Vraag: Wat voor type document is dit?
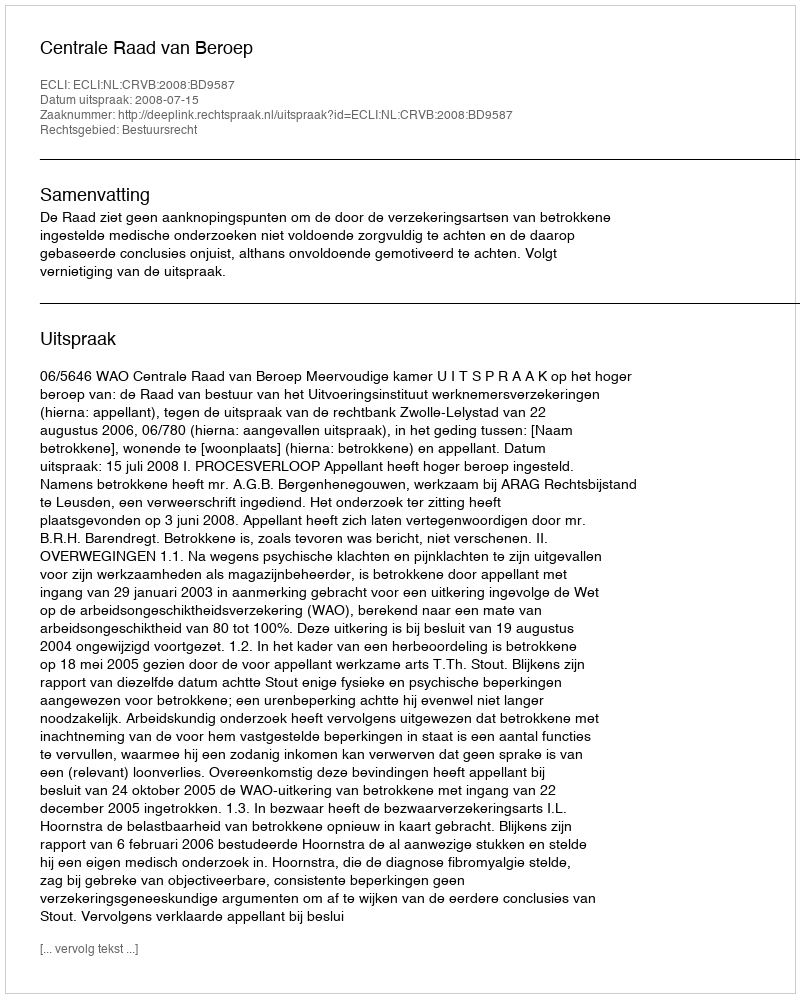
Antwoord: Uitspraak